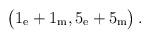
LaTeX: \begin{align*}\bigl(1_{\rm e} + 1_{\rm m}, 5_{\rm e} + 5_{\rm m}\bigr)\, .\end{align*}